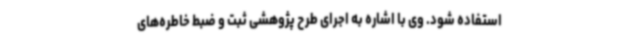
استفاده شود. وی با اشاره به اجرای طرح پژوهشی ثبت و ضبط خاطره‌های